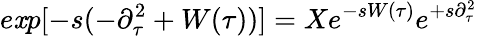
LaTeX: e\mathit{x}p[-s(-\partial_{\tau}^{2}+W(\tau))]=Xe^{-sW(\tau)}e^{+s\partial_{\tau}^{2}}